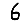
Digit: 6